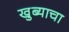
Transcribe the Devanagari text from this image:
खुब्याचा